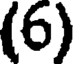
(6)